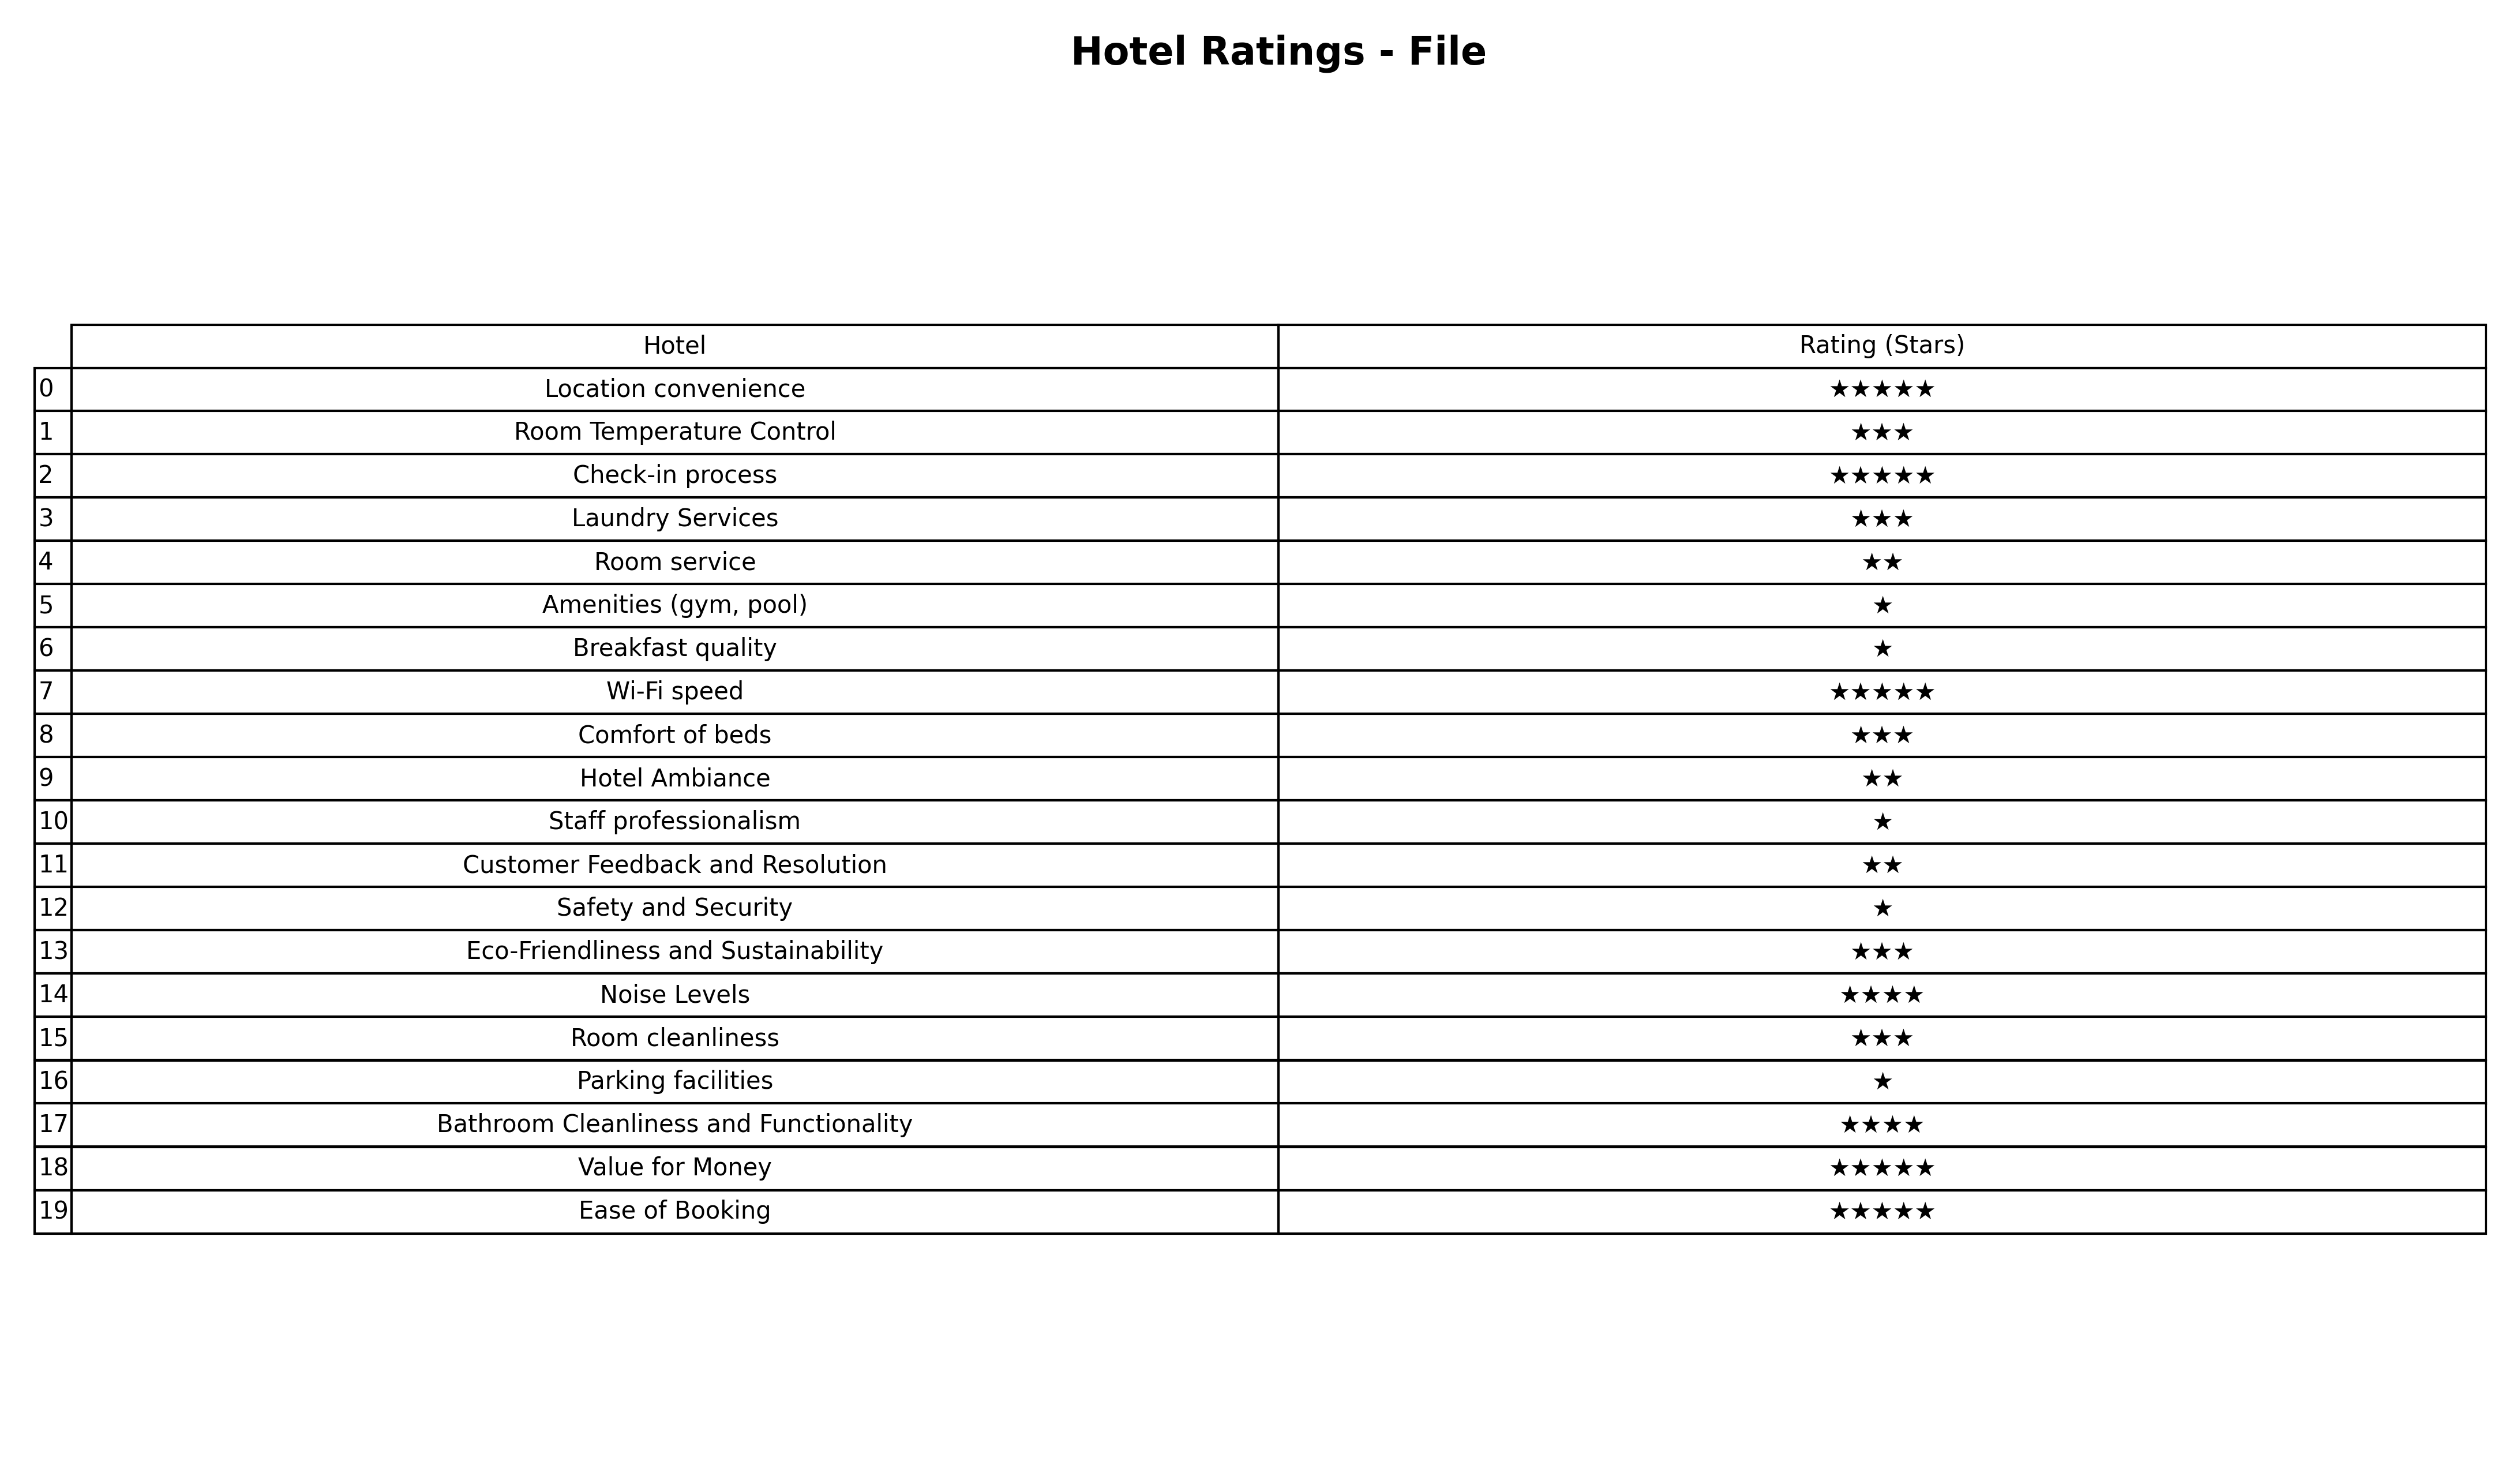
question: What are three star services?
answer: Room Temperature ControlLaundry ServicesComfort of bedsEco-Friendliness and SustainabilityRoom cleanliness